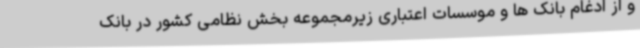
و از ادغام بانک ها و موسسات اعتباری زیرمجموعه بخش نظامی کشور در بانک